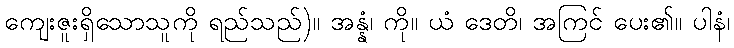
ကျေးဇူးရှိသောသူကို ရည်သည်)။ အန္နံ၊ ကို။ ယံ ဒေတိ၊ အကြင် ပေး၏။ ပါနံ၊